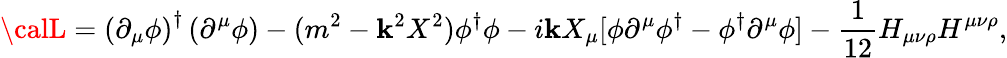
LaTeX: {\calL}=\left(\partial_{\mu}\phi\right)^{\dagger}\left(\partial^{\mu}\phi\right)-(m^{2}-\mathbf{k}^{2}X^{2})\phi^{\dagger}\phi-i\mathbf{k}X_{\mu}[\phi\partial^{\mu}\phi^{\dagger}-\phi^{\dagger}\partial^{\mu}\phi]-\frac{{1}}{{12}}H_{\mu\nu\rho}H^{\mu\nu\rho},